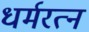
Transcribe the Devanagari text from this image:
धर्मरत्न